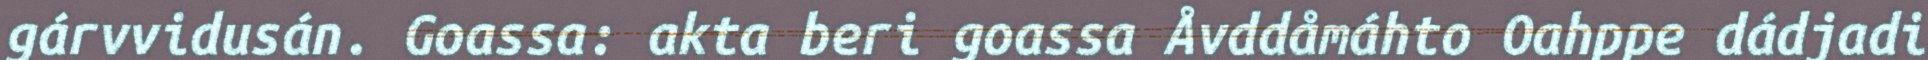
gárvvidusán. Goassa: akta beri goassa Åvddåmáhto Oahppe dádjadi